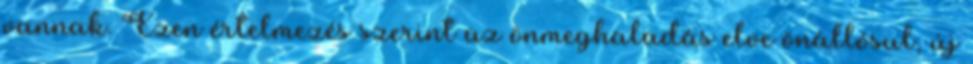
vannak. Ezen értelmezés szerint az önmeghaladás elve önállósul, új